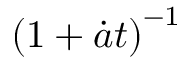
\left( 1 + \dot { a } t \right) ^ { - 1 }